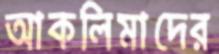
আকলিমাদের